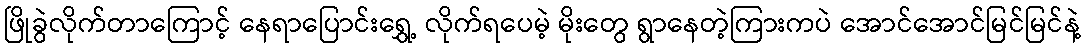
ဖြိုခွဲလိုက်တာကြောင့် နေရာပြောင်းရွှေ့ လိုက်ရပေမဲ့ မိုးတွေ ရွာနေတဲ့ကြားကပဲ အောင်အောင်မြင်မြင်နဲ့